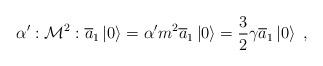
LaTeX: \begin{align*}\alpha ^{\prime }:{\cal M}^2:\overline{a}_1\left| 0\right\rangle =\alpha^{\prime }{\sl m}^2\overline{a}_1\left| 0\right\rangle =\frac 32\gamma\overline{a}_1\left| 0\right\rangle \; , \end{align*}